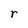
Character: r